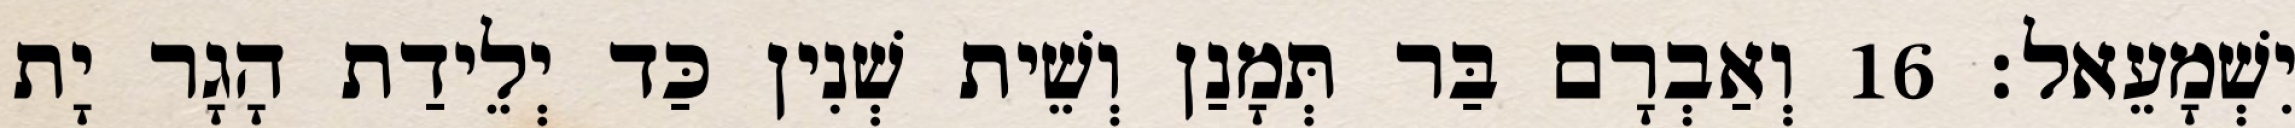
יִשְׁמָעֵאל׃ 16 וְאַבְרָם בַּר תְּמָנַן וְשֵׁית שְׁנִין כַּד יְלֵידַת הָגָר יָת